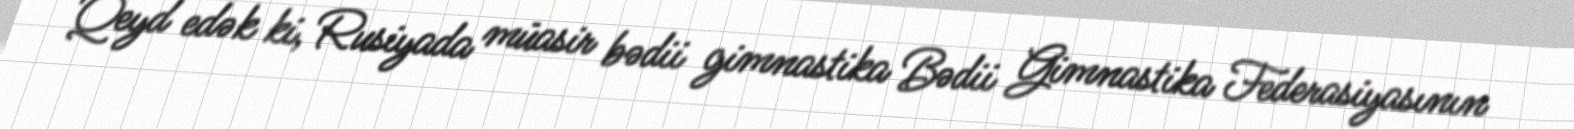
Qeyd edək ki, Rusiyada müasir bədii gimnastika Bədii Gimnastika Federasiyasının